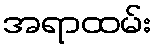
အရာထမ်း